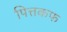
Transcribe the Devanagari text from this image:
पित्तकफ